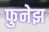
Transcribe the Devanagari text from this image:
फुनेझ